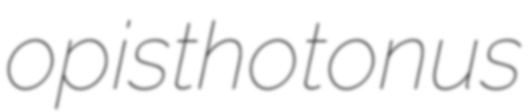
opisthotonus